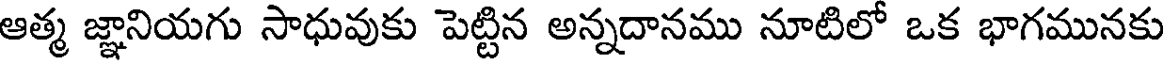
ఆత్మ జ్ఞానియగు సాధువుకు పెట్టిన అన్నదానము నూటిలో ఒక భాగమునకు